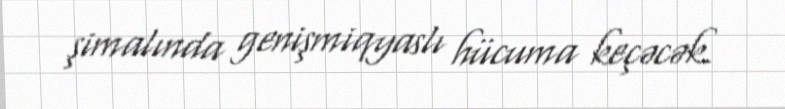
şimalında genişmiqyaslı hücuma keçəcək.